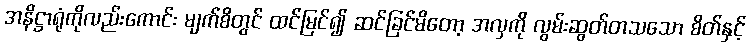
အနိဋ္ဌာရုံကိုလည်းကောင်း မျက်စိတွင် ထင်မြင်၍ ဆင်ခြင်မိတော့ အလှကို လွမ်းဆွတ်တသသော စိတ်နှင့်